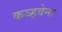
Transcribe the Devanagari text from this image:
कञ्हवेना